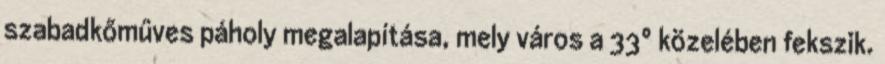
szabadkőműves páholy megalapítása, mely város a 33° közelében fekszik.